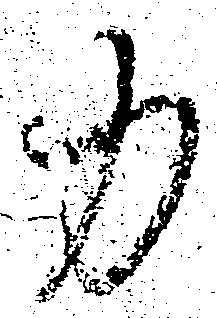
力